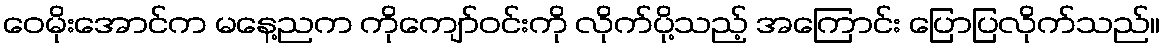
ဝေမိုးအောင်က မနေ့ညက ကိုကျော်ဝင်းကို လိုက်ပို့သည့် အကြောင်း ပြောပြလိုက်သည်။